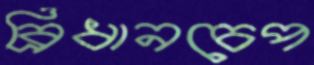
ব্রিধানচেপ